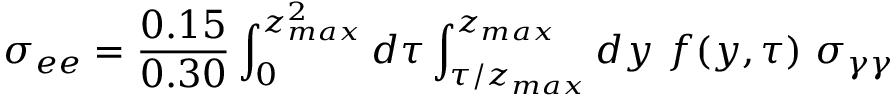
\sigma _ { e e } = \frac { 0 . 1 5 } { 0 . 3 0 } \int _ { 0 } ^ { z _ { m a x } ^ { 2 } } d \tau \int _ { \tau / z _ { m a x } } ^ { z _ { m a x } } d y \ f ( y , \tau ) \ \sigma _ { \gamma \gamma }